Vaccination Hyderabad 1890-1903 - 1890-1903
Year: 1890
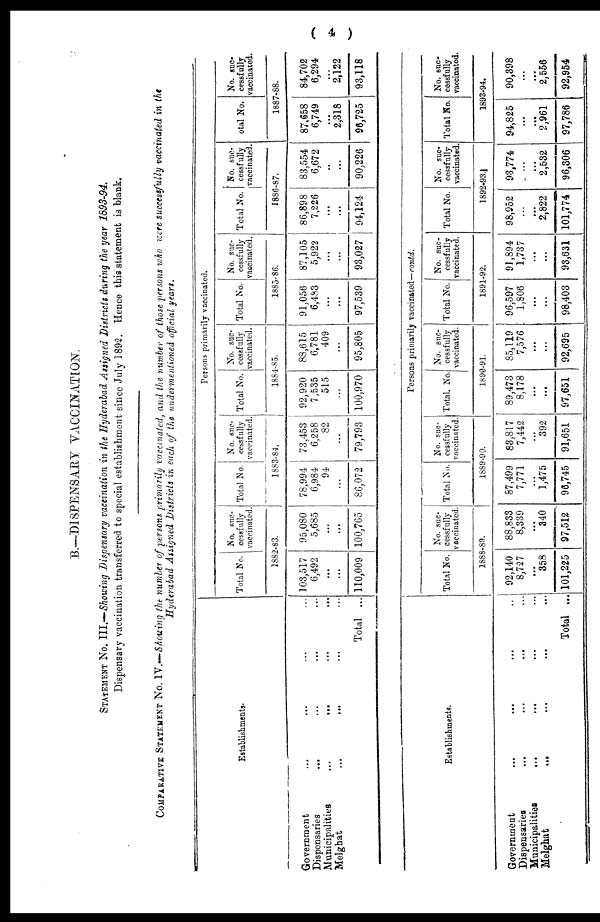
( 4 )
B.—DISPENSARY VACCINATION.
STATEMENT No. III.—Showing Dispensary vaccination in the Hyderabad Assigned Districts during the year 1893-94.
Dispensary vaccination transferred to special establishment since July 1892. Hence this statement is blank.
COMPARATIVE STATEMENT No. IV.—Showing the number of persons primarily vaccinated, and the number of those persons who were successfully vaccinated in the
Hyderabad Assigned Districts in each of the undermentioned official years.
Establishments.
Government
...
...
... ...
Dispensaries
...
...
...
...
Municipalities
...
... ... ...
Melghat ... ... ... ...
Total ...
Persons primarily vaccinated.
Total No.
No. suc-
cessfully
vaccinated.
1882-83.
103,517
6,492
...
...
110,009
95,080
5,685
...
...
100,765
Total No.
No. suc-
cessfully
vaccinated.
1883-84.
78,994
6,984
94
...
86,072
73,453
6,258
82
...
79,793
Total No.
No. suc-
cessfully
vaccinated.
1884-85.
92,920
7,535
515
...
100,970
88,615
6,781
409
...
95,805
Total No.
No. suc-
cessfully
vaccinated.
1885-86.
91,056
6,483
...
...
97,539
87,105
5,922
...
...
93,027
Total No.
No. suc-
cessfully
vaccinated.
1886-87.
86,898
7,226
...
...
94,124
83,554
6,672
..
...
90,226
Total No.
No. suc-
cessfully
vaccinated.
1887-88.
87,658
6,749
...
2,318
96,725
84,702
6,294
...
2,122
93,118
Establishments.
Government ... ... ... ...
Dispensaries ... ... ... ...
Municipalities
...
...
...
...
Melghat
...
...
...
...
Total ...
Persons primarily vaccinated—contd.
Total No.
No. suc-
cessfully
vaccinated.
1888-89.
92,140
8,727
...
358
101,225
88,833
8,339
...
340
97,512
Total No.
No. suc-
cessfully
vaccinated.
1889-90.
87,499
7,771
...
1,475
96,745
83,817
7,442
...
392
91,651
Total No.
No. suc-
cessfully
vaccinated.
1890-91.
89,473
8,178
...
...
97,651
85,119
7,576
...
...
92,695
Total No.
No. suc-
cessfully
vaccinated.
1891-92.
96,597
1,806
...
...
98,403
91,894
1,737
...
...
93,631
Total No.
No. suc-
cessfully
vaccinated.
1892-93.
98,952
...
...
2,822
101,774
93,774
...
...
2,532
96,306
Total No.
No. suc-
cessfully
vaccinated.
1893-94.
94,825
...
...
2,961
97,786
90,398
...
...
2,556
92,954